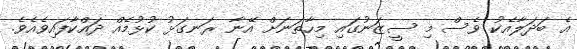
އެ ބަދަލާއެކު ވެސް މި ސީޒަނުގައި މިހާތަނަށް އޭނާ ރަނގަޅު ކުޅުމެއް ދައްކާފައިވެއެވެ.